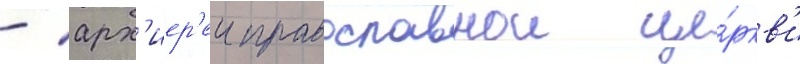
- арх'иер'еи православнои це́ркв'и